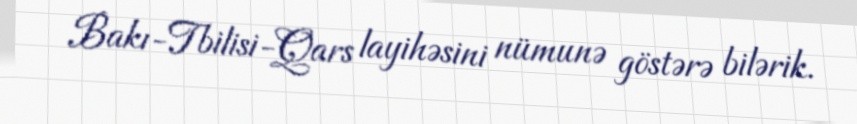
Bakı-Tbilisi-Qars layihəsini nümunə göstərə bilərik.